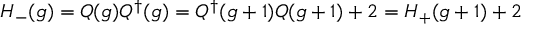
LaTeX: H _ { - } ( g ) = Q ( g ) Q ^ { \dagger } ( g ) = Q ^ { \dagger } ( g + 1 ) Q ( g + 1 ) + 2 = H _ { + } ( g + 1 ) + 2